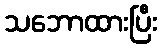
သဘောထားပြီး